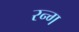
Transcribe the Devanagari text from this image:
रन्ग